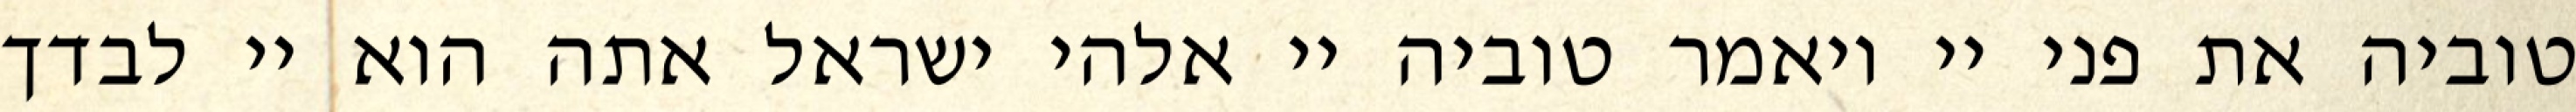
טוביה את פני יי ויאמר טוביה יי אלהי ישראל אתה הוא יי לבדך